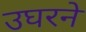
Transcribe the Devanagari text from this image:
उघरने